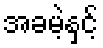
အခမဲ့နှင့်